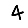
Digit: 4